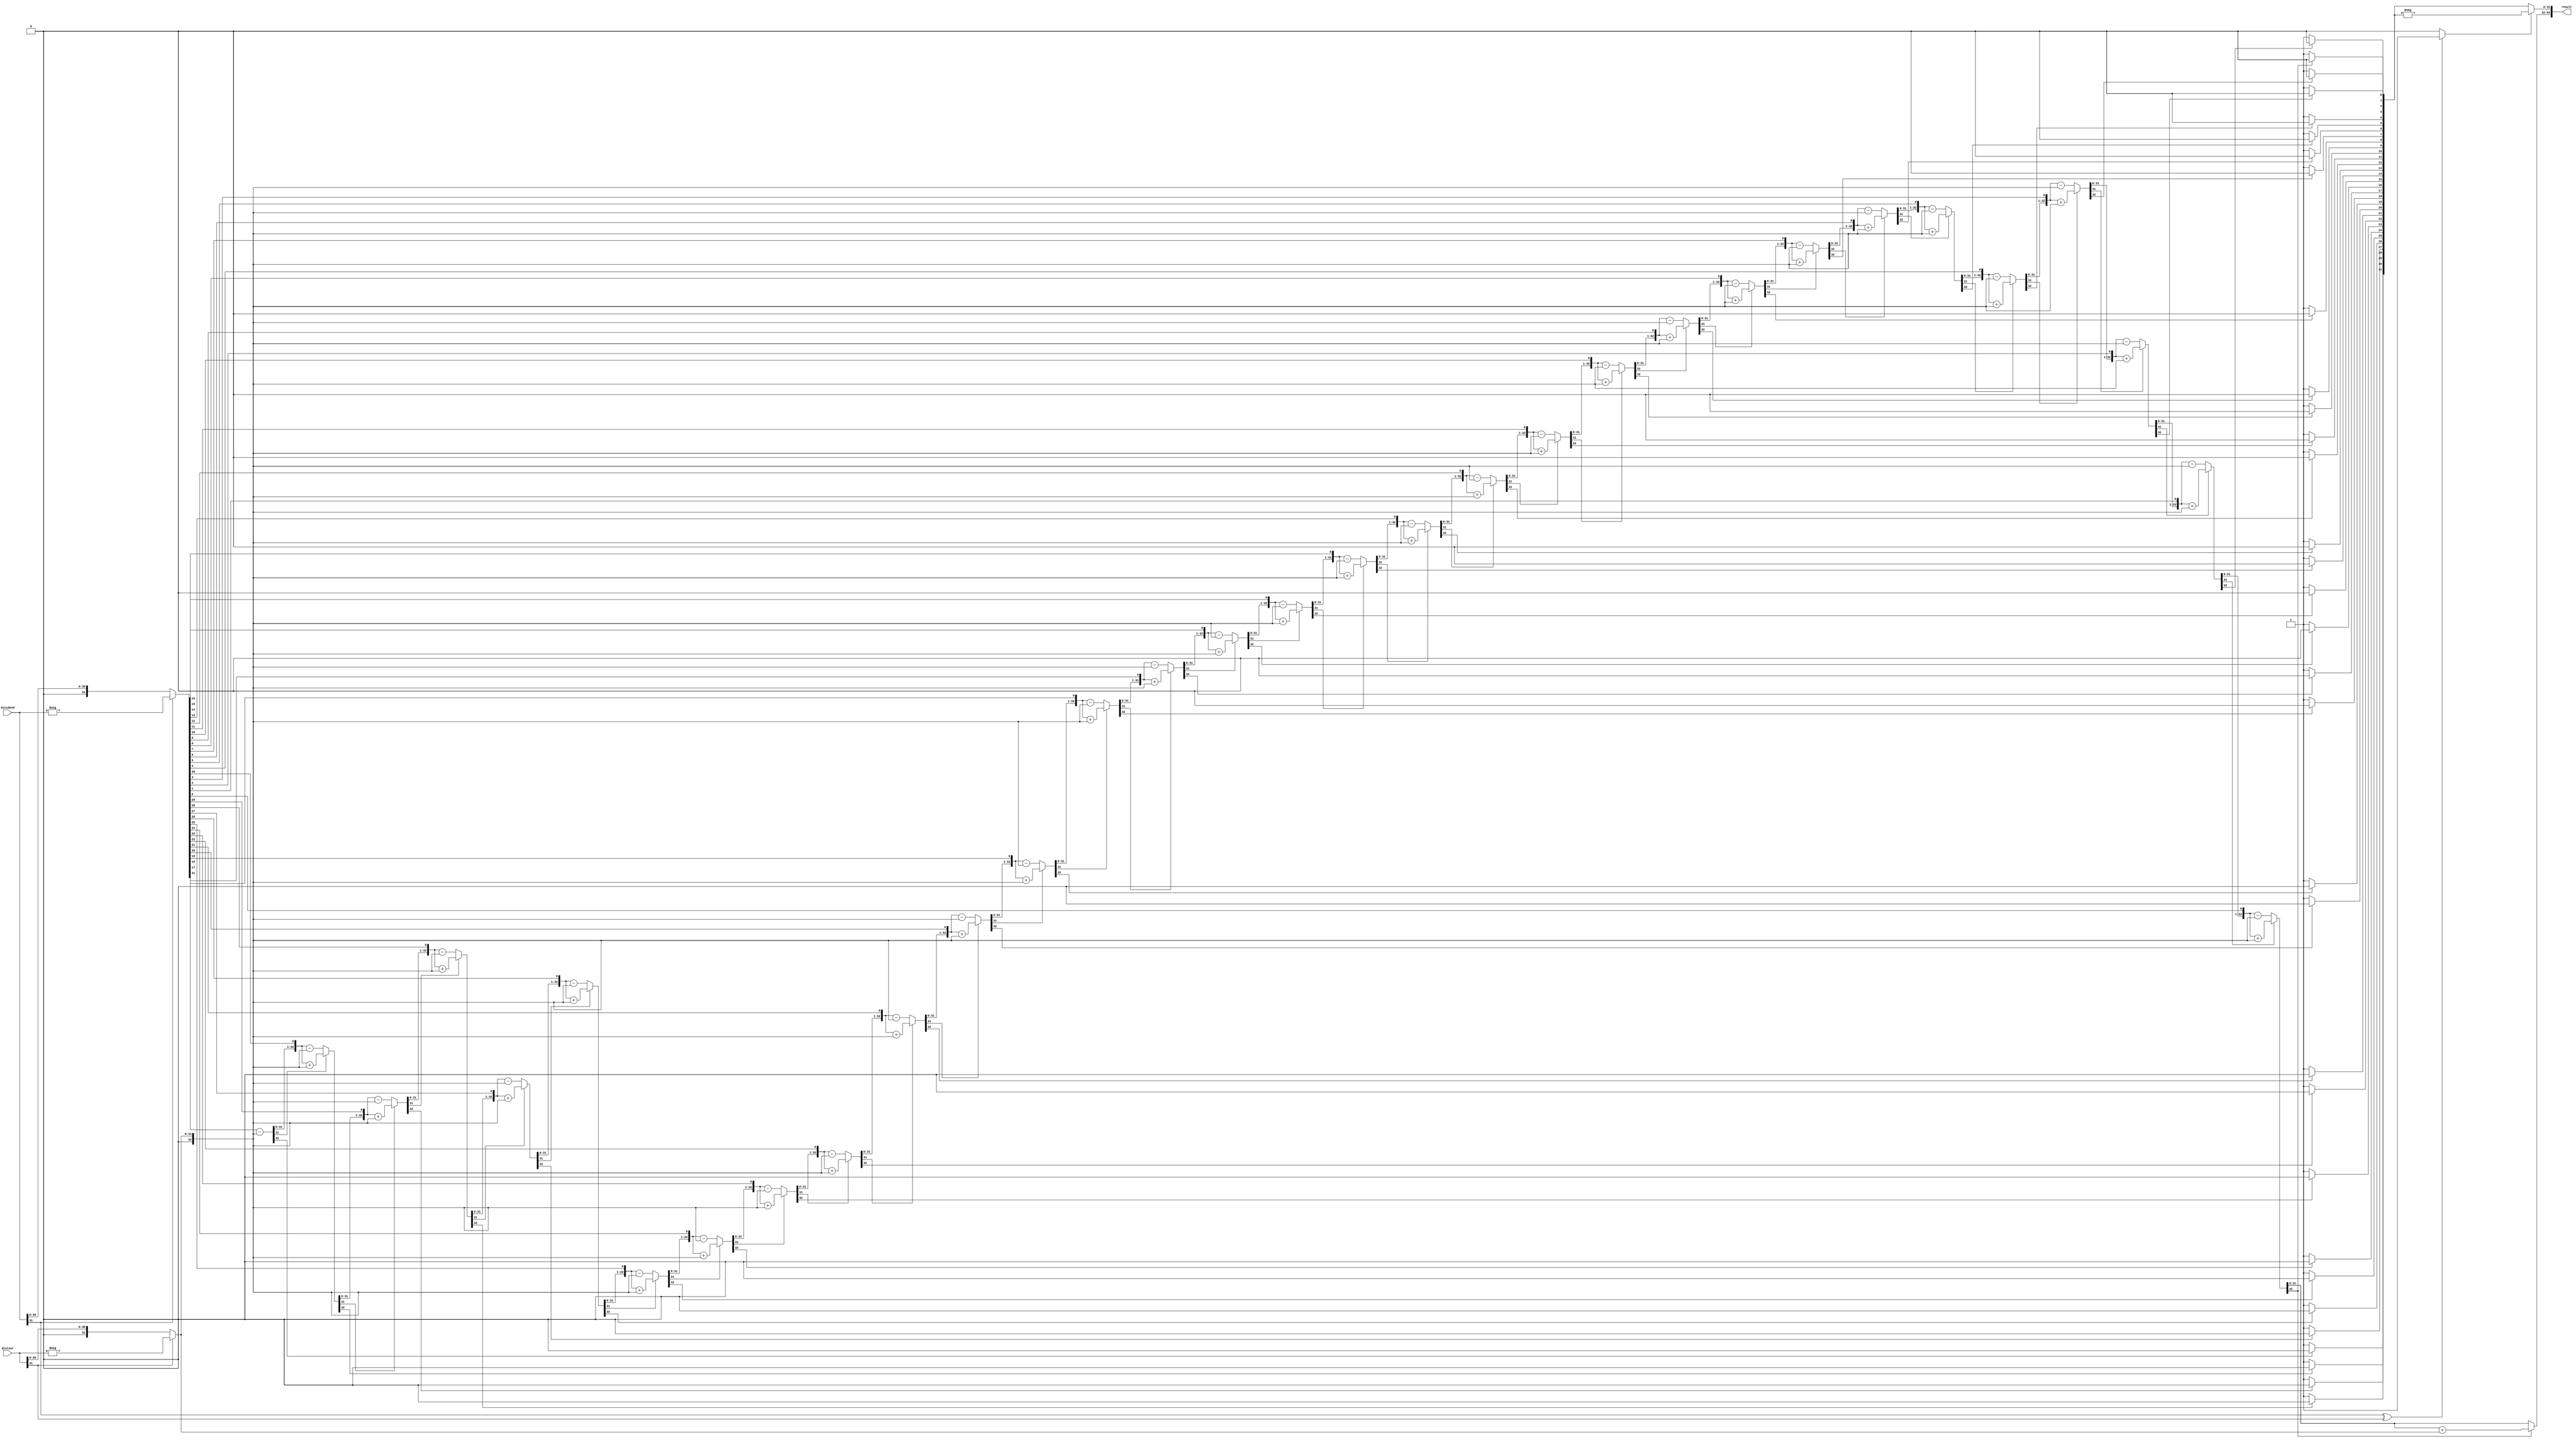
// division.v 

module division #(parameter BITS=32)(
	input [BITS-1:0] dividend, 
	input [BITS-1:0] divisor,
	output reg [(BITS*2)-1:0] result
);

	reg [BITS:0] a; 
	reg [BITS-1:0] q;
	reg [BITS:0] m;
	reg negate_flag;

	integer i;

	always @ *
	begin
		a = 0; 
		
	  //  Make dividend and divisor are positive
	  if (dividend[BITS - 1] == 1)
			q = -dividend; 
	  else
			q = dividend;
			
	  if (divisor[BITS - 1] == 1)
			m = {1'b0, -divisor};
	  else
			m = {1'b0, divisor};
			
	  // Determine if result needs to be negated
	  if ((dividend[BITS - 1] ^ divisor[BITS - 1]) == 1)
			negate_flag = 1'b1;
	  else
			negate_flag = 1'b0;
		
		for(i = 0; i < BITS; i = i + 1) begin
			a = a << 1;
			a[0] = q[BITS-1];
			q = q << 1;
			if(a[BITS] == 1) 
				a = a + m;
			else 
				a = a - m;
			if(a[BITS] == 1) 
				q[0] = 1'b0;
			else
				q[0] = 1'b1;
		end
		if(a[BITS] == 1) begin 
			a = a + m;
		end
		
		if (negate_flag == 1)
			q = -q;
		
		result[(2*BITS)-1:BITS] = a[BITS - 1: 0]; 	// Quotient
		result[BITS-1:0] = q; 								// Remainder

	end
endmodule